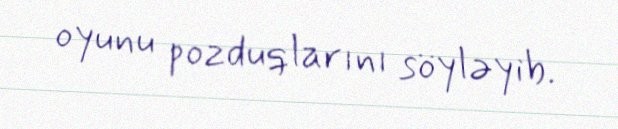
oyunu pozduqlarını söyləyib.